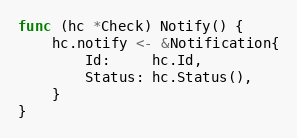
Language: Go
func (hc *Check) Notify() {
	hc.notify <- &Notification{
		Id:     hc.Id,
		Status: hc.Status(),
	}
}